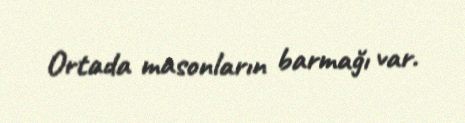
Ortada masonların barmağı var.